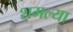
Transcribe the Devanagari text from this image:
शमल्या